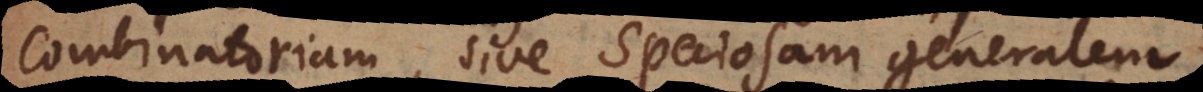
Combinatoriam, sive Speciosam generalem